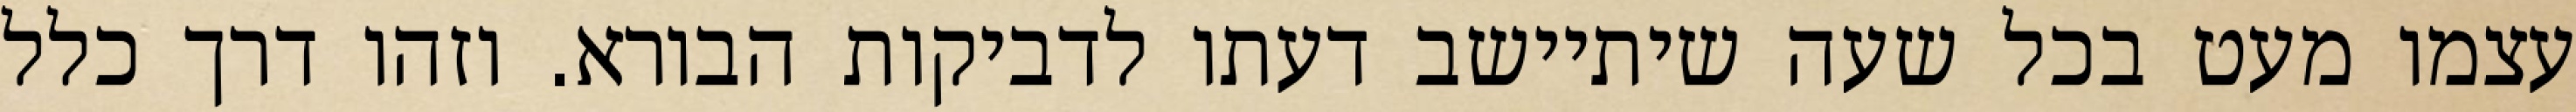
עצמו מעט בכל שעה שיתיישב דעתו לדביקות הבורא. וזהו דרך כלל